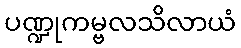
ပဏ္ဍုကမ္ဗလသိလာယံ